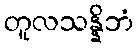
တူလသန္နိဘံ